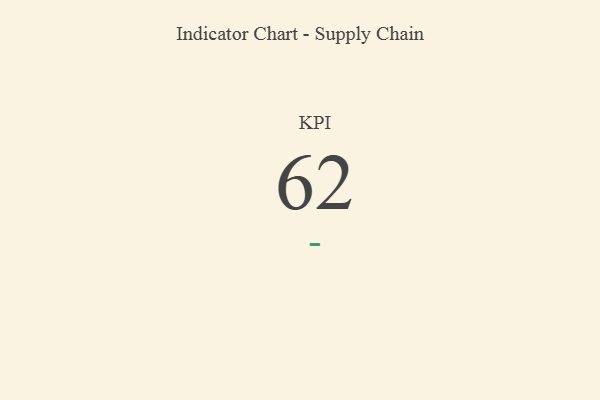
{"axis": {"x": "KPI", "y": "Value"}, "legend": [""], "data": [{"x": "KPI", "y": 62, "type": ""}]}